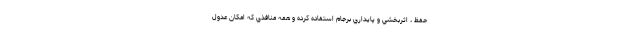
حفظ ، اثربخشي و پايداري برجام استفاده كرده و همه منافذي كه امكان عدول